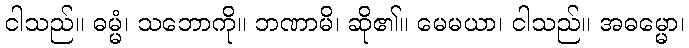
ငါသည်။ ဓမ္မံ၊ သဘောကို။ ဘဏာမိ၊ ဆို၏။ မေမယာ၊ ငါသည်။ အဓမ္မော၊